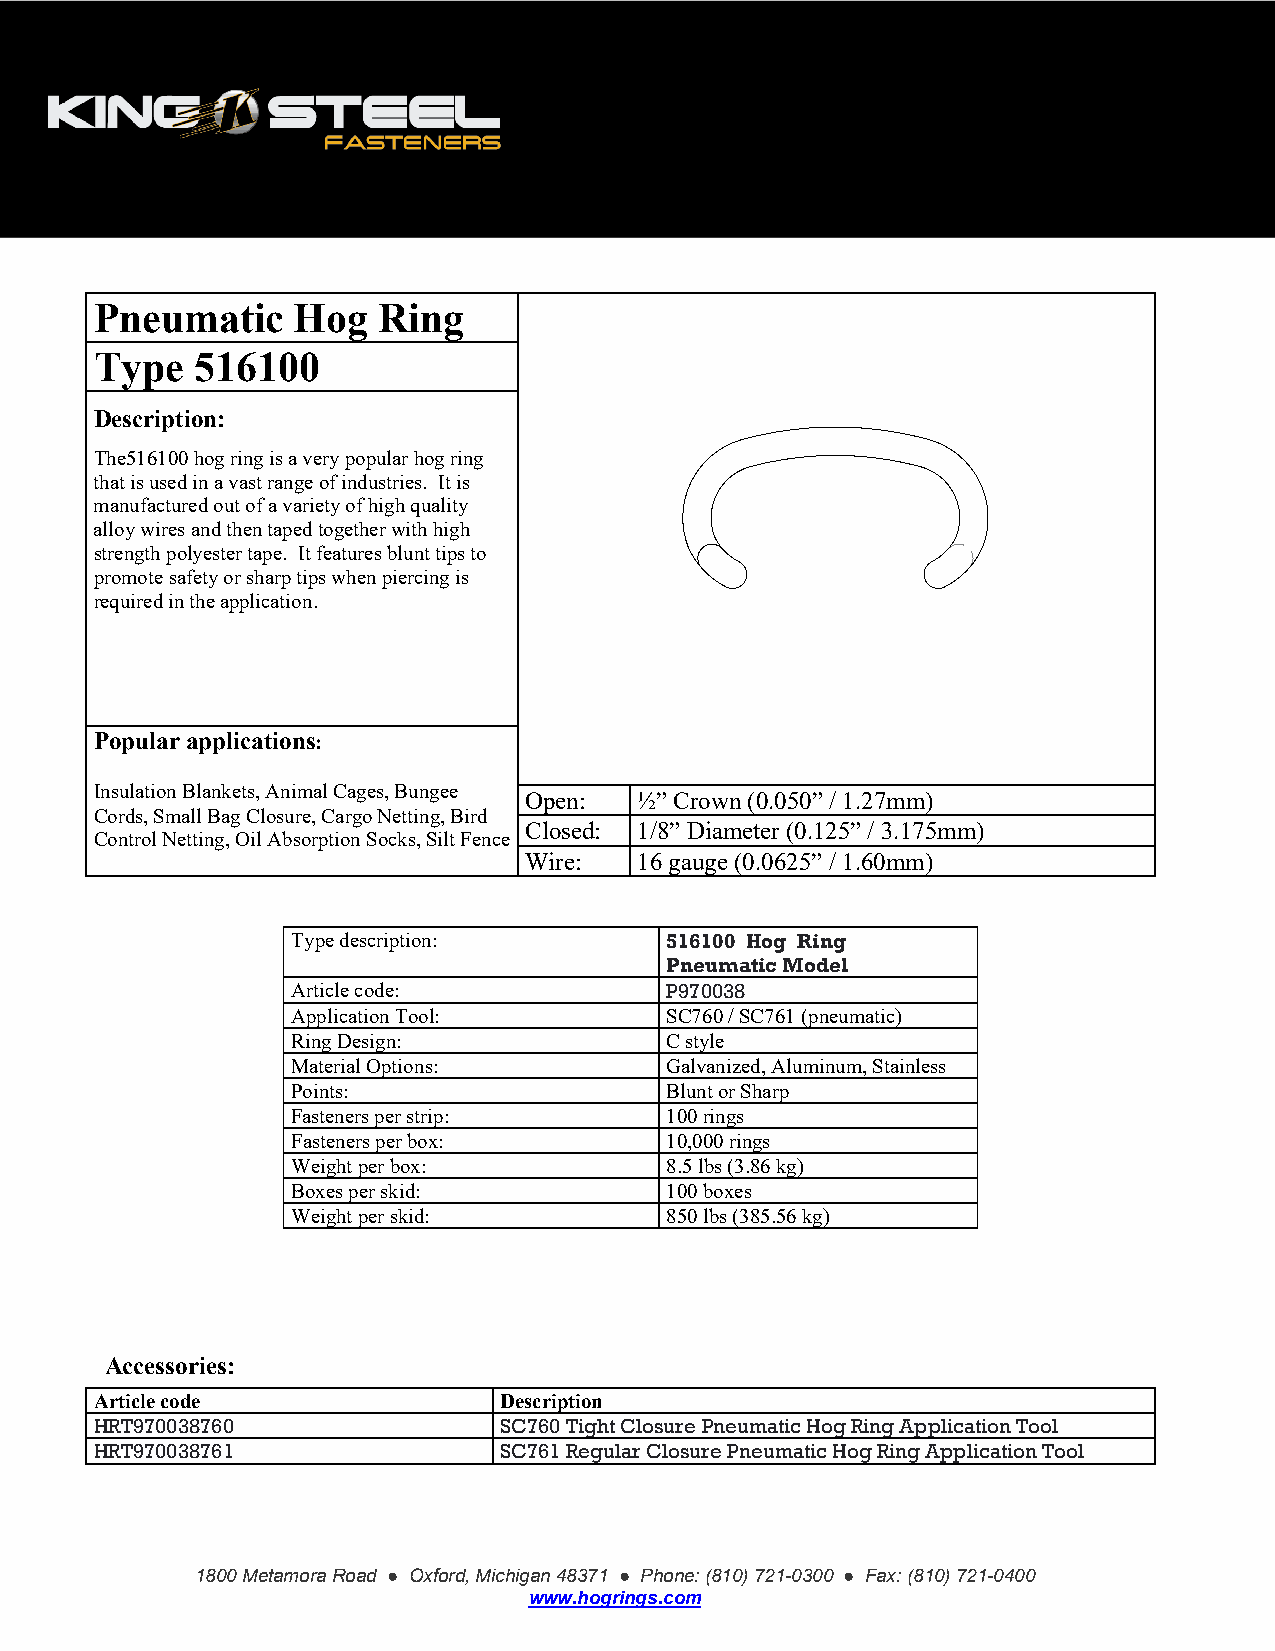
King-Hughes       Fasteners    Corporation
 Pneumatic    Hog   Ring
 Type   516100
 Description:
 The516100 hog ring is a very popular hog ring
 that is used in a vast range of industries. It is
 manufactured out of a variety of high quality
 alloy wires and then taped together with high
 strength polyester tape. It features blunt tips to
 promote safety or sharp tips when piercing is
 required in the application.
 Popular applications:
 Insulation Blankets, Animal Cages, Bungee
 Open:  ½” Crown (0.050” / 1.27mm)
 Cords, Small Bag Closure, Cargo Netting, Bird
 Closed: 1/8” Diameter (0.125” / 3.175mm)
 Control Netting, Oil Absorption Socks, Silt Fence
 Wire:  16 gauge (0.0625” / 1.60mm)
 Type description:        516100 Hog Ring
 Pneumatic Model
 Article code:            P970038
 Application Tool:        SC760 / SC761 (pneumatic)
 Ring Design:             C style
 Material Options:        Galvanized, Aluminum, Stainless
 Points:                  Blunt or Sharp
 Fasteners per strip:     100 rings
 Fasteners per box:       10,000 rings
 Weight per box:          8.5 lbs (3.86 kg)
 Boxes per skid:          100 boxes
 Weight per skid:         850 lbs (385.56 kg)
 Accessories:
 Article code               Description
 HRT970038760               SC760 Tight Closure Pneumatic Hog Ring Application Tool
 HRT970038761               SC761 Regular Closure Pneumatic Hog Ring Application Tool
 1800 Metamora Road ● Oxford, Michigan 48371 ● Phone: (810) 721-0300 ● Fax: (810) 721-0400
 www.hogrings.com